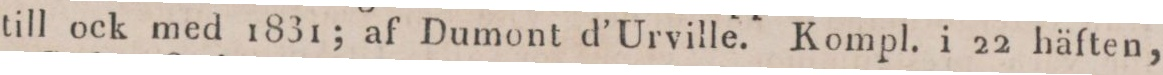
till ock med 1831; af Dumont d’Urville. Kompl. i 22 häften,